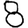
Digit: 8